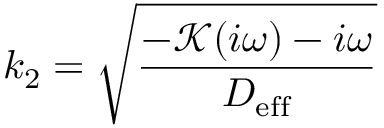
k _ { 2 } = \sqrt { \frac { - { \mathcal K ( i \omega ) - i \omega } } { D _ { \mathrm { e f f } } } }